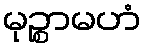
မုဉ္စာမဟံ